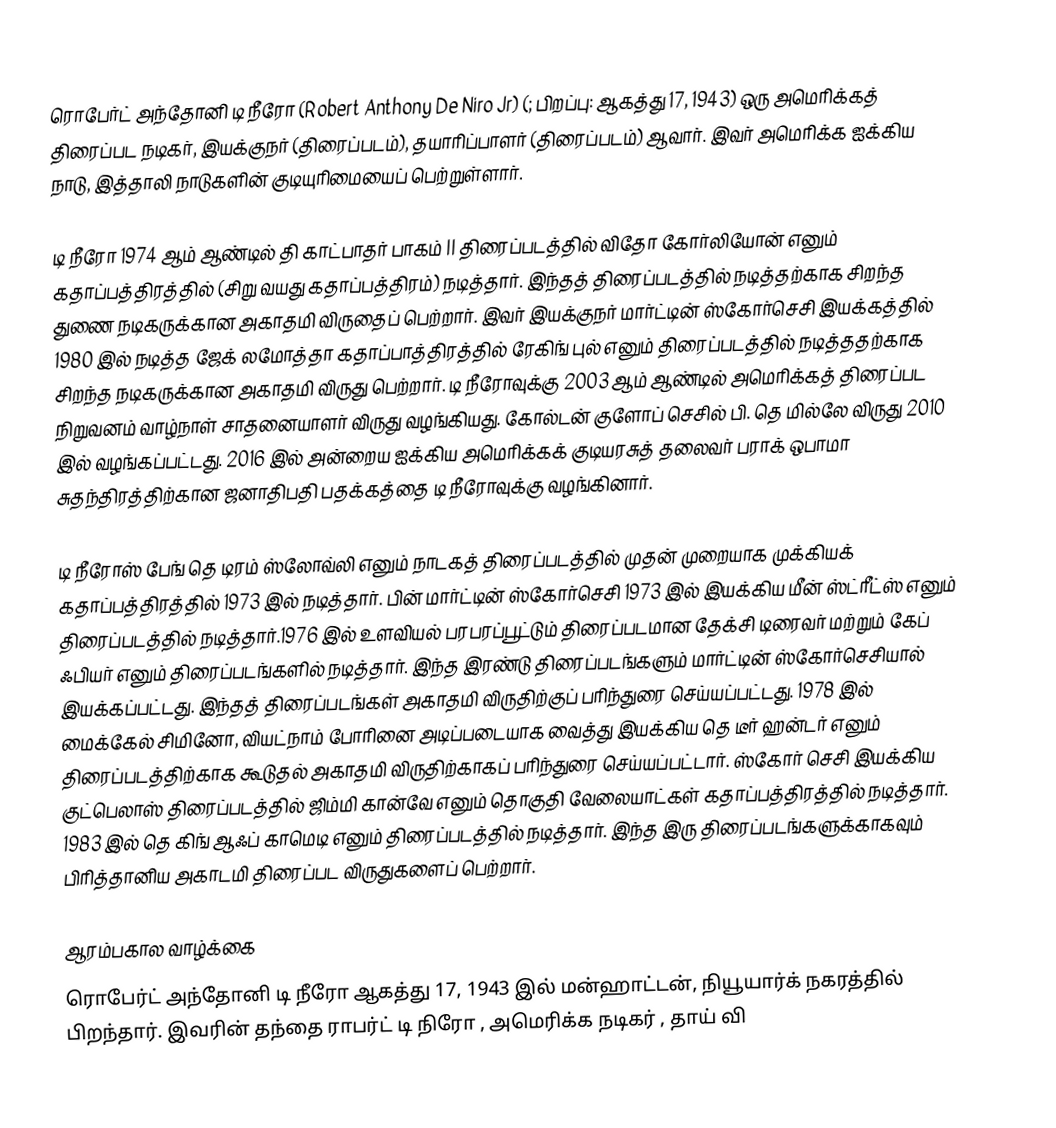
ரொபேர்ட்  அந்தோனி டி நீரோ (Robert Anthony De Niro Jr) (; பிறப்பு: ஆகத்து 17, 1943) ஒரு அமெரிக்கத் திரைப்பட நடிகர், இயக்குநர் (திரைப்படம்), தயாரிப்பாளர் (திரைப்படம்) ஆவார். இவர் அமெரிக்க ஐக்கிய நாடு, இத்தாலி நாடுகளின் குடியுரிமையைப் பெற்றுள்ளார்.

டி நீரோ 1974 ஆம் ஆண்டில் தி காட்பாதர் பாகம் II திரைப்படத்தில் விதோ கோர்லியோன் எனும் கதாப்பத்திரத்தில் (சிறு வயது கதாப்பத்திரம்) நடித்தார். இந்தத் திரைப்படத்தில் நடித்தற்காக சிறந்த துணை நடிகருக்கான அகாதமி விருதைப் பெற்றார். இவர் இயக்குநர் மார்ட்டின் ஸ்கோர்செசி இயக்கத்தில் 1980 இல் நடித்த ஜேக் லமோத்தா கதாப்பாத்திரத்தில் ரேகிங் புல் எனும் திரைப்படத்தில் நடித்ததற்காக சிறந்த நடிகருக்கான அகாதமி விருது பெற்றார். டி நீரோவுக்கு 2003 ஆம் ஆண்டில் அமெரிக்கத் திரைப்பட நிறுவனம் வாழ்நாள் சாதனையாளர் விருது வழங்கியது. கோல்டன் குளோப் செசில் பி. தெ மில்லே விருது 2010 இல் வழங்கப்பட்டது. 2016 இல் அன்றைய ஐக்கிய அமெரிக்கக் குடியரசுத் தலைவர் பராக் ஒபாமா  சுதந்திரத்திற்கான ஜனாதிபதி பதக்கத்தை டி நீரோவுக்கு வழங்கினார்.

டி நீரோஸ் பேங் தெ டிரம் ஸ்லோவ்லி எனும் நாடகத் திரைப்படத்தில் முதன் முறையாக முக்கியக் கதாப்பத்திரத்தில் 1973 இல் நடித்தார். பின் மார்ட்டின் ஸ்கோர்செசி 1973 இல் இயக்கிய மீன் ஸ்ட்ரீட்ஸ் எனும் திரைப்படத்தில் நடித்தார்.1976 இல் உளவியல் பரபரப்பூட்டும் திரைப்படமான தேக்சி டிரைவர் மற்றும் கேப் ஃபியர் எனும் திரைப்படங்களில் நடித்தார். இந்த இரண்டு திரைப்படங்களும் மார்ட்டின் ஸ்கோர்செசியால் இயக்கப்பட்டது. இந்தத் திரைப்படங்கள் அகாதமி விருதிற்குப் பரிந்துரை செய்யப்பட்டது. 1978 இல் மைக்கேல் சிமினோ, வியட்நாம் போரினை அடிப்படையாக வைத்து இயக்கிய தெ டீர் ஹன்டர் எனும் திரைப்படத்திற்காக கூடுதல் அகாதமி விருதிற்காகப் பரிந்துரை செய்யப்பட்டார். ஸ்கோர் செசி இயக்கிய குட்பெலாஸ் திரைப்படத்தில் ஜிம்மி கான்வே எனும் தொகுதி வேலையாட்கள் கதாப்பத்திரத்தில் நடித்தார். 1983 இல் தெ கிங் ஆஃப் காமெடி எனும் திரைப்படத்தில் நடித்தார். இந்த இரு திரைப்படங்களுக்காகவும் பிரித்தானிய அகாடமி திரைப்பட விருதுகளைப் பெற்றார்.

ஆரம்பகால வாழ்க்கை
ரொபேர்ட்  அந்தோனி டி நீரோ  ஆகத்து 17, 1943 இல் மன்ஹாட்டன், நியூயார்க் நகரத்தில் பிறந்தார்.  இவரின் தந்தை ராபர்ட் டி நிரோ , அமெரிக்க நடிகர் , தாய் வி